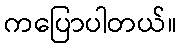
ကပြောပါတယ်။